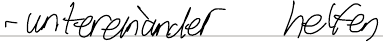
- untereinander helfen